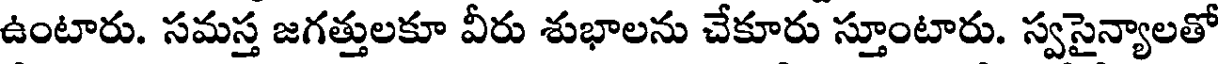
ఉంటారు. సమస్త జగత్తులకూ వీరు శుభాలను చేకూరు స్తూంటారు. స్వసైన్యాలతో